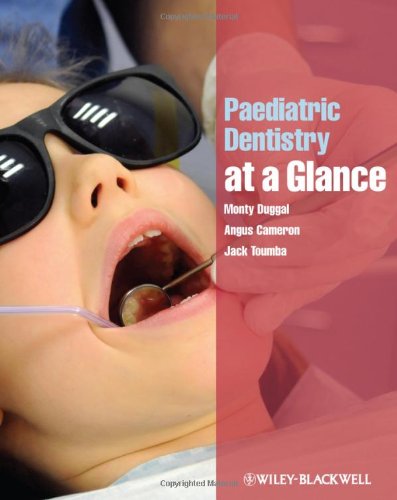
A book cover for Paediatric Dentistry at a Glance; Monty Duggal; Medical Books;